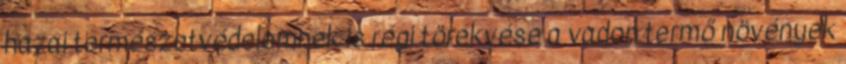
hazai természetvédelemnek is régi törekvése a vadon termő növények